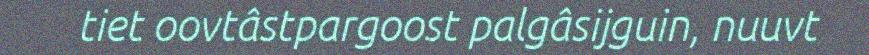
tiet oovtâstpargoost palgâsijguin, nuuvt